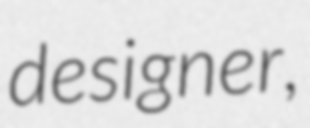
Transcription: designer,